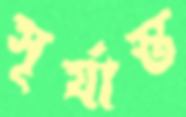
সূর্যাস্ত